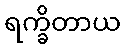
ရက္ခိတာယ